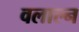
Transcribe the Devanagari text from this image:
वलाल्न